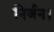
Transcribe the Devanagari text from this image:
निर्जन।